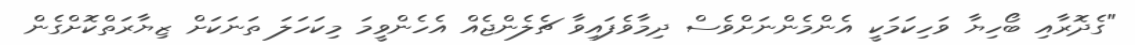
"ގެދޮރާއި ބޯހިޔާ ވަހިކަމަކީ އެންމެންނަށްވެސް ދިމާވެފައިވާ ޗެލެންޖެއް އެހެންވީމަ މިކަހަލަަ ތަަނަކަށް ޒިޔާރަތްކޮށްގެން